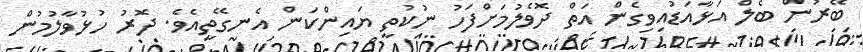
ބޭރުން ބެލް އަޅާއަޑުއިވިގެން އަތް ދޮވެލުމަށްފަހު ނުކުތީ ޔައިންކަން އެނގޭތީއެވެ. ދޮރު ހުޅުވާލުމުން